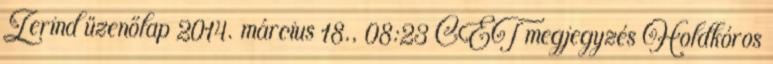
Zerind üzenőlap 2014. március 18., 08:23 CET megjegyzés Holdkóros